Annual report on the health of the army in India
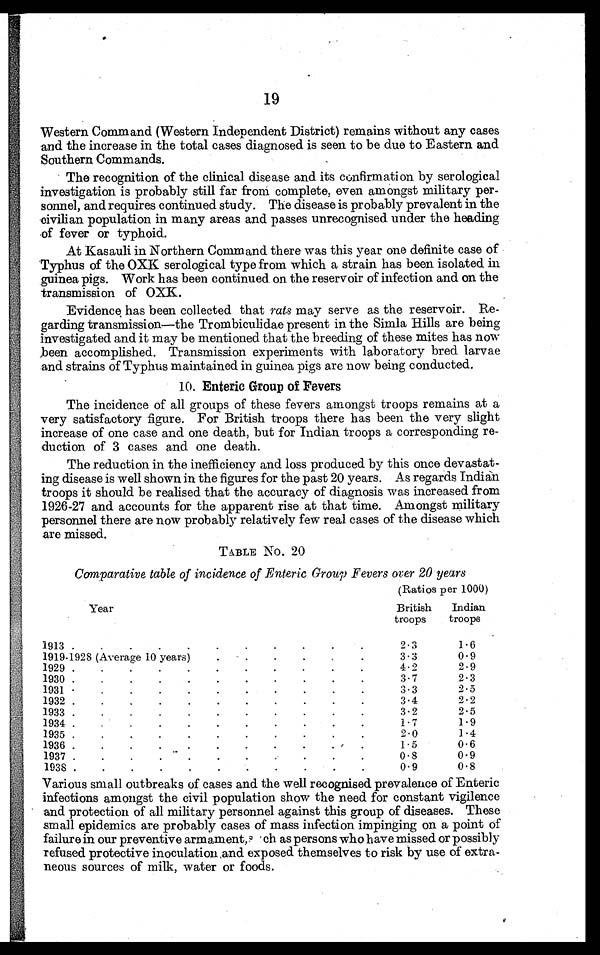
19
Western Command (Western Independent District) remains without any cases
and the increase in the total cases diagnosed is seen to be due to Eastern and
Southern Commands.
The recognition of the clinical disease and its confirmation by serological
investigation is probably still far from complete, even amongst military
per-sonnel, and requires continued study. The disease is probably prevalent in the
civilian population in many areas and passes unrecognised under the heading
of fever or typhoid.
At Kasauli in Northern Command there was this year one definite case of
Typhus of the OXK serological type from which a strain has been isolated in
guinea pigs. Work has been continued on the reservoir of infection and on the
transmission of OXK.
Evidence has been collected that rats may serve as the reservoir.
Re-garding transmission—the Trombiculidae present in the Simla Hills are being
investigated and it may be mentioned that the breeding of these mites has now
been accompl i shed. Transmi ssi on experi ment s wi t h l aborat ory bred l arvae
and strains of Typhus maintained in guinea pigs are now being conducted.
10. Enteric Group of Fevers
The incidence of all groups of these fevers amongst troops remains at a
very satisfactory figure. For British troops there has been the very slight
increase of one case and one death, but for Indian troops a corresponding re
-duction of 3 cases and one death.
The reduction in the inefficiency and loss produced by this once
d e v a s t a t - i n g d i s e a s e i s w e l l s h o w n i n t h e f i g u r e s f o r t h e p a s t 2 0 y e a r s . A s r e g a r d s I n d i a n
troops it should be realised that the accuracy of diagnosis was increased from
1926-27 and accounts for the apparent rise at that time. Amongst military
personnel there are now probably relatively few real cases of the disease which
are missed.
TABLE No. 20
Comparative table of incidence of Enteric Group Fevers over 20 years
Year
(Ratios per 1000)
British
troops
Indian
troops
1913 . . .
2.3
1.6
1919-1928 (Average 10 years) . . .
3.3
0 . 9
1929 . . .
4.2
2.9
1930 . . .
3.7
2.3
1931 . . .
3.3
2.5
1932 . . .
3.4
2.2
1933 . . .
3.2
2.5
1934 . . .
1.7
1.9
1935 . . .
2.0
1.4
1936
1.5
0 . 6
1 9 3 7 . . .
0.8
0.9
1938 . . .
0 . 9
0 . 8
Various small outbreaks of cases and the well recognised prevalence of Enteric
infections amongst the civil population show the need for constant vigilence
and protection of all military personnel against this group of diseases. These
small epidemics are probably cases of mass infection impinging on a point of
failure in our preventive armament, such as persons who have missed or possibly
refused protective inoculation and exposed themselves to risk by use of extra
-neous sources of milk, water or foods.